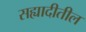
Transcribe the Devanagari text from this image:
सह्यादीतील